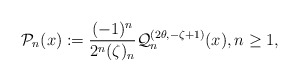
\begin{align*}\mathcal{P}_{n}(x):=\dfrac{(-1)^n}{2^n(\zeta)_n}\mathcal{Q}^{(2\theta,-\zeta+1)}_{n}(x), n \geq 1,\end{align*}